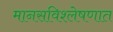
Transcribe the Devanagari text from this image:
मानसविश्लेषणात